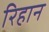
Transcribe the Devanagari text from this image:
रिहान